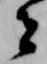
者